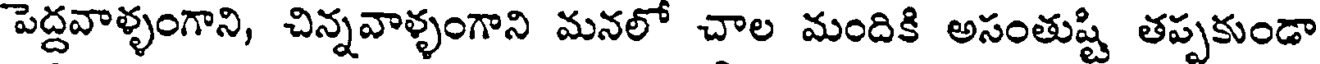
పెద్దవాళ్ళంగాని, చిన్నవాళ్ళంగాని మనలో చాల మందికి అసంతుష్టి తప్పకుండా